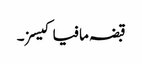
قبضہ مافیا کیسز۔